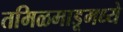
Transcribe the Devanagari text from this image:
तमिळमाडूमध्ये